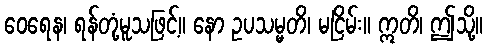
ဝေရေန၊ ရန်တုံ့မူသဖြင့်။ နော ဥပသမ္မတိ၊ မငြိမ်း။ ဣတိ၊ ဤသို့။